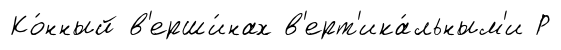
Ко́нный в'ерши́нах в'ерт'ика́льным'и Р